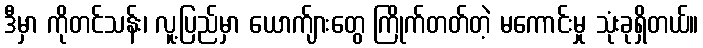
ဒီမှာ ကိုတင်သန်း၊ လူ့ပြည်မှာ ယောက်ျားတွေ ကြိုက်တတ်တဲ့ မကောင်းမှု သုံးခုရှိတယ်။